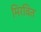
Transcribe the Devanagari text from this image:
मिरवित